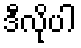
ဒီလိုပါ